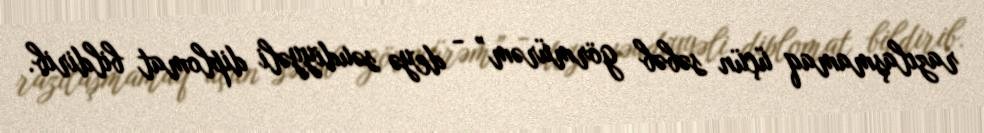
razılaşmamaq üçün səbəb görmürəm” - deyə səudiyyəli diplomat bildirib.